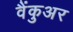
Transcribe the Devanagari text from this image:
वैंकुअर